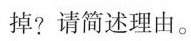
掉?请简述理由。